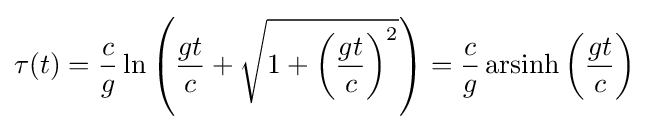
\tau (t)={\frac {c}{g}}\ln \left({\frac {gt}{c}}+{\sqrt {1+\left({\frac {gt}{c}}\right)^{2}}}\right)={\frac {c}{g}}\operatorname {arsinh} \left({\frac {gt}{c}}\right)